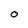
Character: O